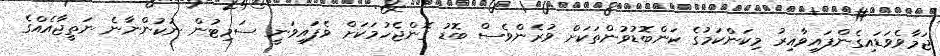
ޖަމާވެވަޑައިގެންފައިވާއިރު މިކަންކަމުގެ ކަންބޮޑުވުންތަކަށް ވުރެންވެސް ބޮޑު ގޮންޖެހުމަކަށް ވެފައިވަނީ ސަމިޓުން ނުކުންނާނެ ނަތީޖާއެއްގެ